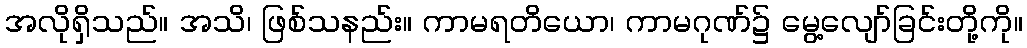
အလိုရှိသည်။ အသိ၊ ဖြစ်သနည်း။ ကာမရတိယော၊ ကာမဂုဏ်၌ မွေ့လျော်ခြင်းတို့ကို။